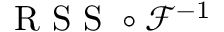
\mathrm { ~ R ~ S ~ S ~ } \circ \mathcal { F } ^ { - 1 }